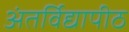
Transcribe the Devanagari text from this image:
अंतर्विद्यापीठ